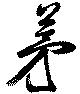
茅